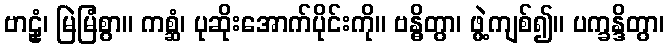
ဗာဠှံ၊ မြဲမြံစွာ။ ကစ္ဆံ၊ ပုဆိုးအောက်ပိုင်းကို။ ဗန္ဓိတွာ၊ ဖွဲ့ကျစ်၍။ ပက္ခန္ဒိတွာ၊